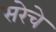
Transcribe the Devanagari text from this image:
सरेचे